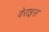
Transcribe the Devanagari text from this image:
वेराइस